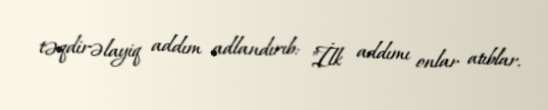
təqdirəlayiq addım adlandırıb: "İlk addımı onlar atıblar.